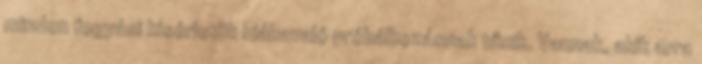
minden fogyási kísérletük hiábavaló próbálkozásnak tűnik. Vannak, akik arra